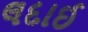
લદાઈ